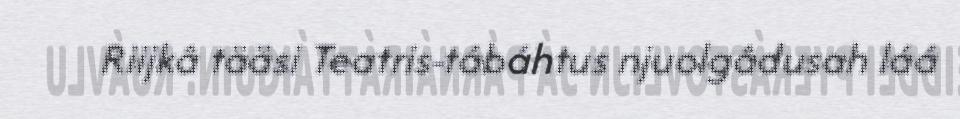
Riijkâ tääsi Teatris-tábáhtus njuolgâdusah láá